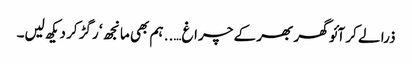
ذرا لے کر آئو گھر بھر کے چراغ….. ہم بھی مانجھ ‘ رگڑ کر دیکھ لیں۔